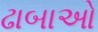
ઢાબાઓ